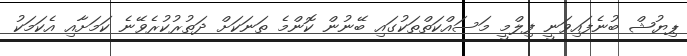
ޕިޔުޝް ބުނެފައިވަނީ ފިލްމީ މަސައްކަތްތަކުގައި ބޭނުން ކޮންމެ ތަނަކަށް ދަތުރުކުރެވޭނެ ކަމަށާއި އެކަމަކު